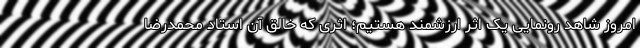
امروز شاهد رونمایی یک اثر ارزشمند هستیم؛ اثری که خالق آن استاد محمدرضا